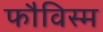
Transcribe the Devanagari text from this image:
फौविस्म